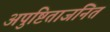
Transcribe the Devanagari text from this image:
अपुष्टिताजनित